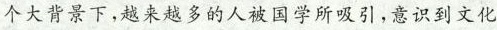
个大背景下,越来越多的人被国学所吸引,意识到文化